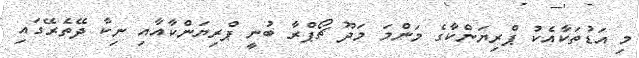
މި އަޑުތަކާއެކު ޕްރިޔަންކާގެ މަންމަ މަދޫ ޗޯޕްރާ ބުނީ ޕްރިޔަންކާއާއި ނިކާ ދޭތެރޭގައި